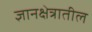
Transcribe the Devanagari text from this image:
ज्ञानक्षेत्रातील